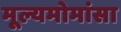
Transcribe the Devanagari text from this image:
मूल्यमोमांसा